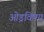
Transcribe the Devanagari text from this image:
ओड्रविषय